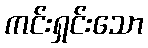
ကင်းရှင်းသော